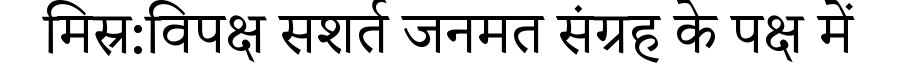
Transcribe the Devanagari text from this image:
मिस्र:विपक्ष सशर्त जनमत संग्रह के पक्ष में